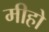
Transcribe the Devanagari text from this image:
मीहो